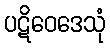
ပဋိဝေဒေသုံ